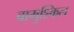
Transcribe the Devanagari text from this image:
बामुश्किल